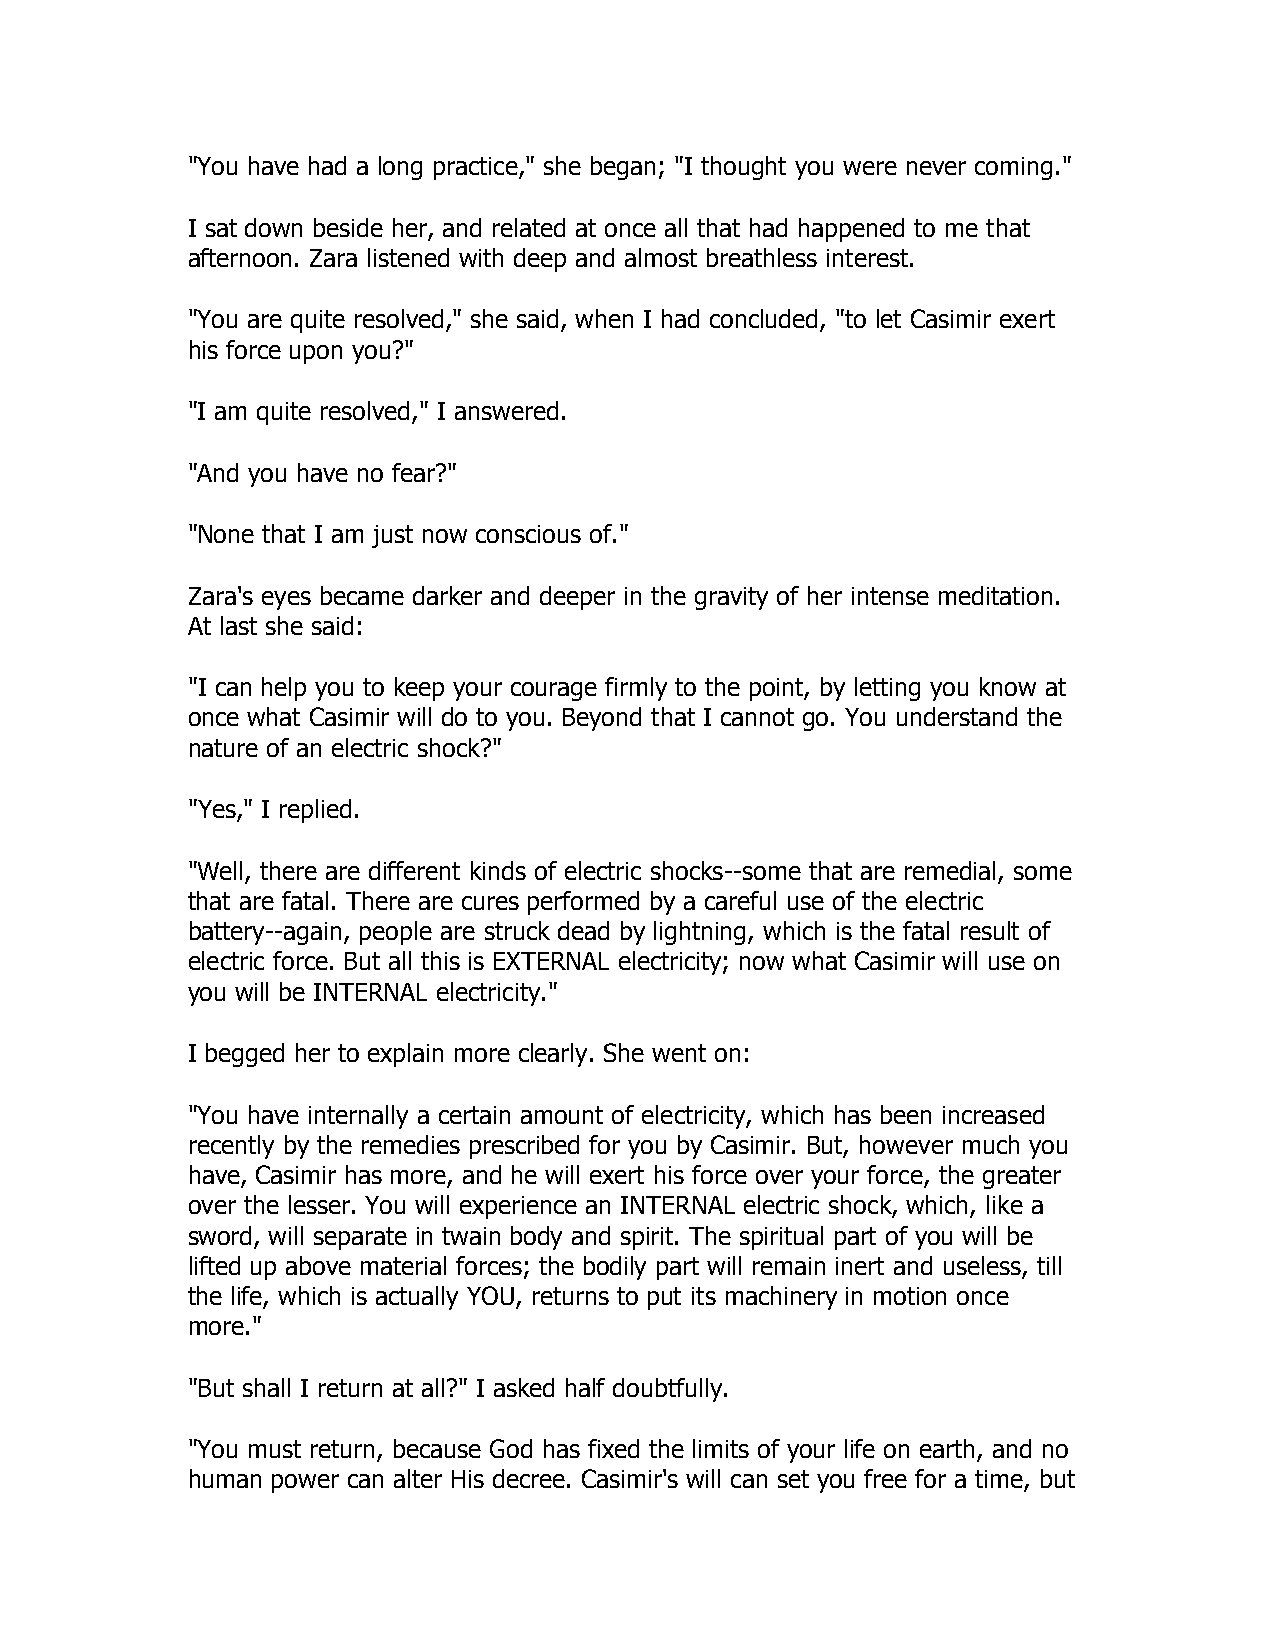
"You have had a long practice," she began; "I thought you were never coming."
 I sat down beside her, and related at once all that had happened to me that
 afternoon. Zara listened with deep and almost breathless interest.
 "You are quite resolved," she said, when I had concluded, "to let Casimir exert
 his force upon you?"
 "I am quite resolved," I answered.
 "And you have no fear?"
 "None that I am just now conscious of."
 Zara's eyes became darker and deeper in the gravity of her intense meditation.
 At last she said:
 "I can help you to keep your courage firmly to the point, by letting you know at
 once what Casimir will do to you. Beyond that I cannot go. You understand the
 nature of an electric shock?"
 "Yes," I replied.
 "Well, there are different kinds of electric shocks--some that are remedial, some
 that are fatal. There are cures performed by a careful use of the electric
 battery--again, people are struck dead by lightning, which is the fatal result of
 electric force. But all this is EXTERNAL electricity; now what Casimir will use on
 you will be INTERNAL electricity."
 I begged her to explain more clearly. She went on:
 "You have internally a certain amount of electricity, which has been increased
 recently by the remedies prescribed for you by Casimir. But, however much you
 have, Casimir has more, and he will exert his force over your force, the greater
 over the lesser. You will experience an INTERNAL electric shock, which, like a
 sword, will separate in twain body and spirit. The spiritual part of you will be
 lifted up above material forces; the bodily part will remain inert and useless, till
 the life, which is actually YOU, returns to put its machinery in motion once
 more."
 "But shall I return at all?" I asked half doubtfully.
 "You must return, because God has fixed the limits of your life on earth, and no
 human power can alter His decree. Casimir's will can set you free for a time, but